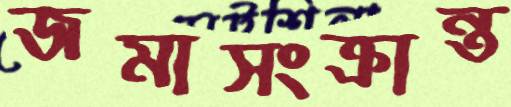
জমাসংক্রান্ত